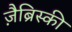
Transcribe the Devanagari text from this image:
ज़ैब्रिस्की